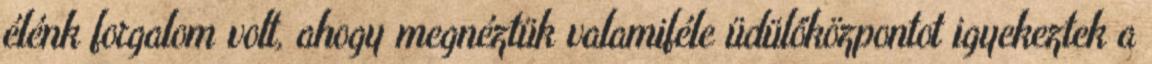
élénk forgalom volt, ahogy megnéztük valamiféle üdülőközpontot igyekeztek a